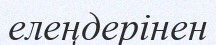
елеңдерінен